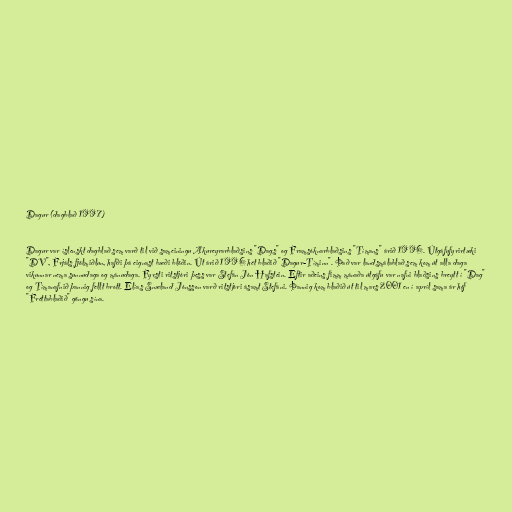
Dagur (dagblað 1997)

Dagur var íslenskt dagblað sem varð til við sameiningu Akureyrarblaðsins "Dags" og Framsóknarblaðsins "Tímans" árið 1996. Útgáfufyrirtæki
"DV", Frjáls fjölmiðlun, hafði þá eignast bæði blöðin. Út árið 1996 hét blaðið "Dagur-Tíminn". Það var landsmálablað sem kom út alla daga
vikunnar nema sunnudaga og mánudaga. Fyrsti ritstjóri þess var Stefán Jón Hafstein. Eftir aðeins fimm mánaða útgáfu var nafni blaðsins breytt í "Dag"
og Tímanafnið þannig fellt brott. Elías Snæland Jónsson varð ritstjóri ásamt Stefáni. Þannig kom blaðið út til mars 2001 en í apríl sama ár hóf
"Fréttablaðið" göngu sína.